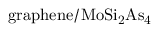
\mathrm { g r a p h e n e / M o S i _ { 2 } A s _ { 4 } }